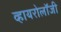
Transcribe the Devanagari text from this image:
व्हायरोलॉजी